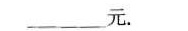
______元。